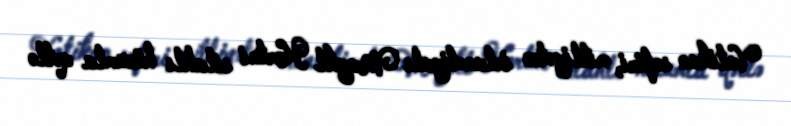
Vatikan səfiri, milliyətcə irlandiyalı Maykl Kortni silahlı hücumla qətlə